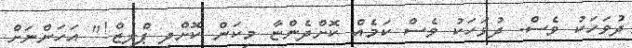
ދުވަހަކު ވެސް. ދުވަހަކު ވެސް ކަމެއް ކޮށްދެންޏާ މިކަން ކޮށްދީ ޕްލީޒް!" އަހަންނަށް